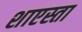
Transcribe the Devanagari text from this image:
शाएस्ता